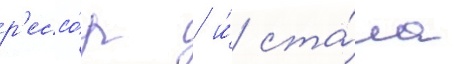
р'ессо́р / и́ ста́ла